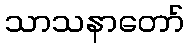
သာသနာတော်